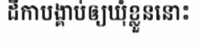
ដីកាបង្គាប់ឲ្យឃុំខ្លួននោះ